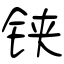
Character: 铗